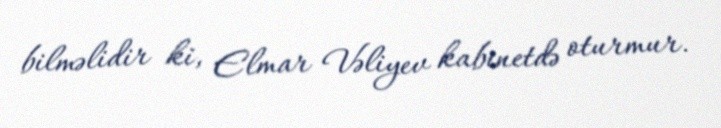
bilməlidir ki, Elmar Vəliyev kabinetdə oturmur.